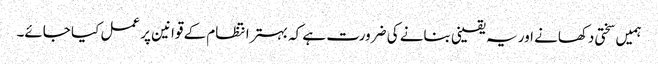
ہمیں سختی دکھانے اور یہ یقینی بنانے کی ضرورت ہے کہ بہتر انتظام کے قوانین پر عمل کیا جائے۔